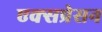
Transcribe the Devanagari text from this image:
एक्सप्रेसन